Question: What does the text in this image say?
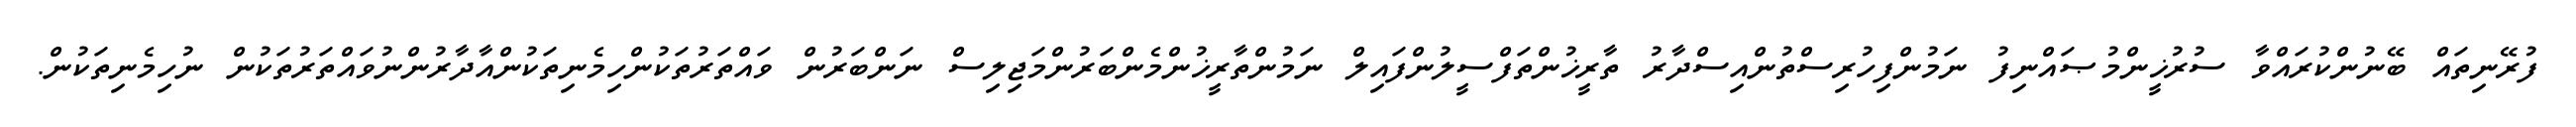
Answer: ފުރޭނިތައް ބޭނުންކުރައްވާ ސުރުޚީންމުޞައްނިފު ނަމުންފިހުރިސްތުންއިސްދާރު ތާރީޚުންތަފްސީލުންފައިލް ނަމުންތާރީޚުންމެންބަރުންމަޖިލިސް ނަންބަރުން ވައްތަރުތަކުންހިމެނިތަކުންއާދާރުންނުވައްތަރުތަކުން ނުހިމެނިތަކުން.